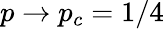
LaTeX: p\to p_{c}=1/4